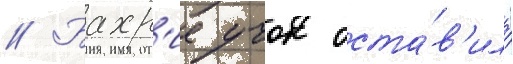
// Бахр'ие учок оста́в'ила